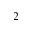
2